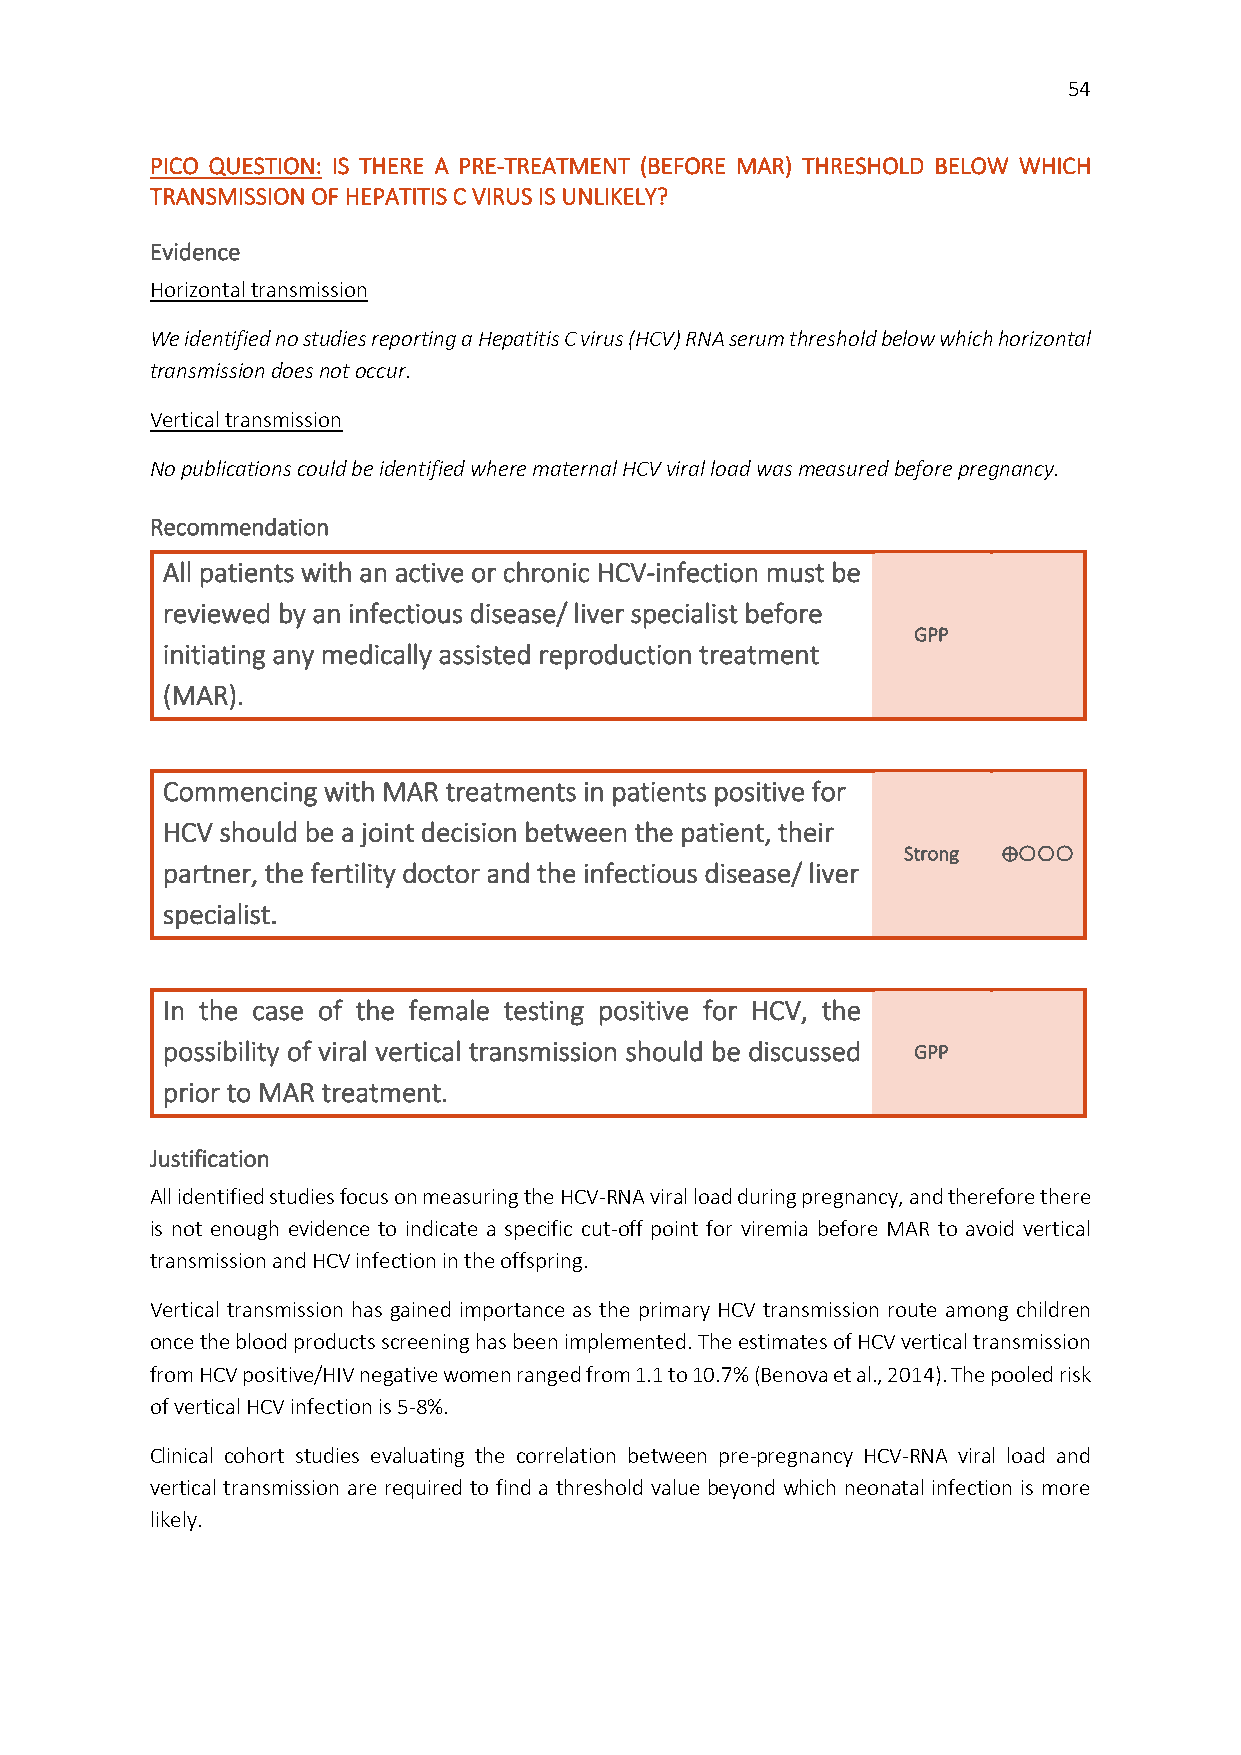
54
 PICO QUESTION: IS THERE A PRE-TREATMENT (BEFORE MAR) THRESHOLD BELOW WHICH
 TRANSMISSION OF HEPATITIS C VIRUS IS UNLIKELY?
 Evidence
 Horizontal transmission
 We identified no studies reporting a Hepatitis C virus (HCV) RNA serum threshold below which horizontal
 transmission does not occur.
 Vertical transmission
 No publications could be identified where maternal HCV viral load was measured before pregnancy.
 Recommendation
 All patients with an active or chronic HCV-infection must be
 reviewed by an infectious disease/ liver specialist before
 GPP
 initiating any medically assisted reproduction treatment
 (MAR).
 Commencing with MAR treatments in patients positive for
 HCV should be a joint decision between the patient, their
 Strong ⊕
 partner, the fertility doctor and the infectious disease/ liver
 specialist.
 In the case of the female testing positive for HCV, the
 possibility of viral vertical transmission should be discussed GPP
 prior to MAR treatment.
 Justification
 All identified studies focus on measuring the HCV-RNA viral load during pregnancy, and therefore there
 is not enough evidence to indicate a specific cut-off point for viremia before MAR to avoid vertical
 transmission and HCV infection in the offspring.
 Vertical transmission has gained importance as the primary HCV transmission route among children
 once the blood products screening has been implemented. The estimates of HCV vertical transmission
 from HCV positive/HIV negative women ranged from 1.1 to 10.7% (Benova et al., 2014). The pooled risk
 of vertical HCV infection is 5-8%.
 Clinical cohort studies evaluating the correlation between pre-pregnancy HCV-RNA viral load and
 vertical transmission are required to find a threshold value beyond which neonatal infection is more
 likely.